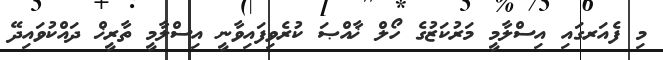
މި ފެއަރގައި އިސްލާމީ މަރުކަޒުގެ ހޯލް ޚާއްޞަ ކުރެވިފައިވާނީ އިސްލާމީ ތާރީޚް ދައްކުވައިދޭ